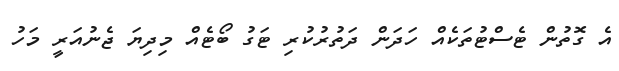
އެ ގޮތުން ޓެސްޓުތަކެއް ހަދަން ދަތުރުކުރި ޓަގު ބޯޓެއް މިދިޔަ ޖެނުއަރީ މަހު